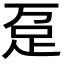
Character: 趸